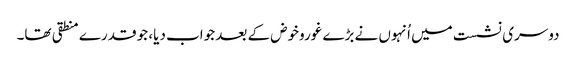
دوسری نشست میں اُنہوں نے بڑے غوروخوض کے بعد جواب دیا، جو قدرے منطقی تھا۔